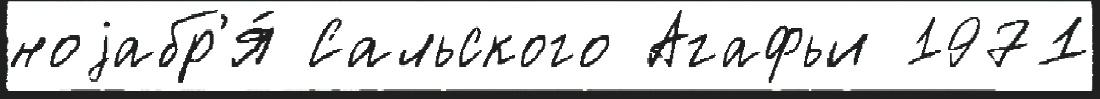
ноjабр'я́ Сальского Агафьи 1971